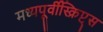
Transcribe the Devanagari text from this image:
मध्यपूर्वीस्क्रिप्ट्स